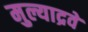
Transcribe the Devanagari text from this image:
मुल्याद्रवे